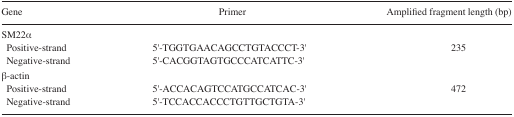
<table><thead><tr><td><b>Gene</b></td><td><b>Primer</b></td><td><b>Amplified fragment length (bp)</b></td></tr></thead><tbody><tr><td colspan="3">SM22α</td></tr><tr><td> Positive-strand</td><td>5′-TGGTGAACAGCCTGTACCCT-3′</td><td>235</td></tr><tr><td> Negative-strand</td><td>5′-CACGGTAGTGCCCATCATTC-3′</td><td></td></tr><tr><td colspan="3">β-actin</td></tr><tr><td> Positive-strand</td><td>5′-ACCACAGTCCATGCCATCAC-3′</td><td>472</td></tr><tr><td> Negative-strand</td><td>5′-TCCACCACCCTGTTGCTGTA-3′</td><td></td></tr></tbody></table>